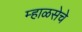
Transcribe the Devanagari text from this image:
म्हाळसेचे